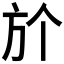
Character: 𣃘